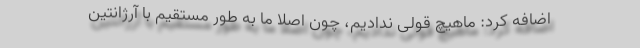
اضافه کرد: ماهیچ قولی ندادیم، چون اصلاً ما به طور مستقیم با آرژانتین